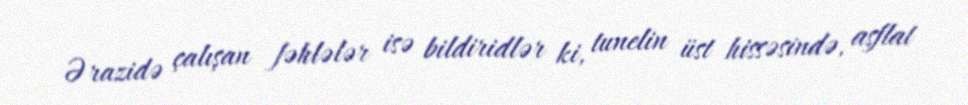
Ərazidə çalışan fəhlələr isə bildiridlər ki, tunelin üst hissəsində, asflat